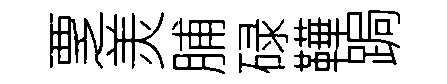
覂羙脯碌鞾跼